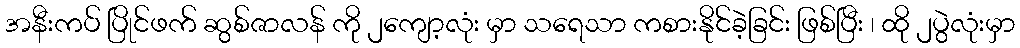
အနီးကပ် ပြိုင်ဖက် ဆွစ်ဇာလန် ကို ၂ကျော့လုံး မှာ သရေသာ ကစားနိုင်ခဲ့ခြင်း ဖြစ်ပြီး ၊ ထို ၂ပွဲလုံးမှာ